Leaving Certificate Examination, 1924
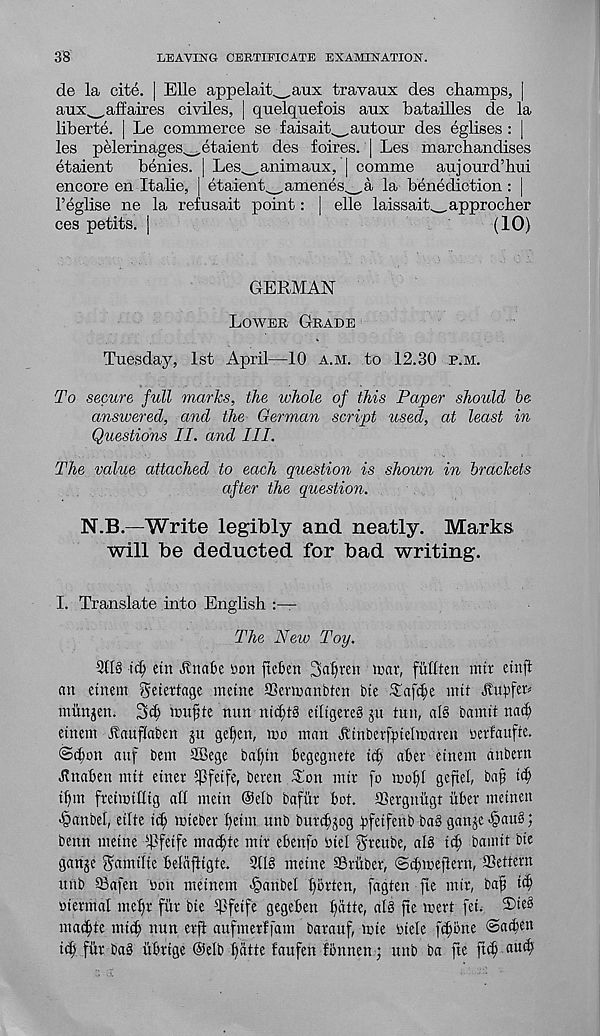
38
LEAVING CERTIFICATE EXAMINATION.
de la cite. | Elle appelait^aux travaux des champs, |
aux^,affaires civiles, | quelqiiefois aux batailles de la
liberte. | Le commerce se faisaih_autour des eglises : |
les pelerinages w etaient des foires. | Les marchandises
etaient
benies. | Les^animaux, | comme aujourd’hui
encore en Italie, | ctaienamenes^,a la benediction : |
1’eglise ne la refusait point: | elle laissait^.approcher
ces petits. |
(10)
GERMAN
Lowee Geade
Tuesday, 1st April—10 a.m. to 12.30 p.m.
To secure full marks, the whole of this Paper should he
answered, and the German script used, at least in
Questions II. a?id III.
The value attached to each question is shown in brackets
after the question.
N.B.—Write legibly and neatly. Marks
will be deducted for bad writing.
I. Translate into English
The New Toy.
21I§ id) etn Jbtnfce Don fteben 3af)ren nxtv, fufften mtr einfl
an etnetn geiertage metne SSenranbten tie Tafc^e mtt Jvu^fen
milnjen. 3c§ muf te nun tttd)G ctltgereS ju tun, al§ bamit na^
einem Jtauflabcn pt get)en, wo man ktnbcrfptelmaren uerfaufte.
@(^on auf bem SBege bal)tn begegnete i(^ abet etnem anbern
Unaben nut einer $fetfe, beten ^on mtt fo tuol)[ geftel, baf
tt)m fteimtlltg all mein @elb bafiit bot. SSetgnugt iibet metnen
•§anbel, elite
miebet t)etm unb butc^jog bfetfenb bag ganje <§au§;
benn metne Tfetfe macf)te mtt ebenfo Dtel gteube, al§ t(^ bamtt bte
ganje Sam the beldfiigte. 31I§ metne SStitbet, ©cbmefietn, SSettetn
uitb ©afen Don metnem Jpanbel gotten, fagten fie mit, bafj tc^
Dtermal mef)t fitt bte Tfetfe gegeben batte, alg jte tcett fet. S)te§
mac^te mid) nun etft aufmetffam batauf, tine Dtele [d)bne ©adieu
tc^ flit ba§ ubttge Oelb fjdtte faufen fonnen; unb ba fte ftd)